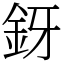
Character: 釾